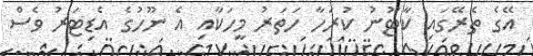
އޭގެ ތެރޭގައި ކާޓޫނު ކުރަހާ ހަތަރު މީހަކާއި އެ ނޫހުގެ އެޑިޓަރު ވެސް